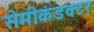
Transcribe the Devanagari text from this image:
सेमीकंडक्‍टर